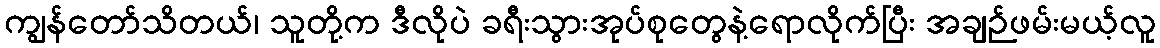
ကျွန်တော်သိတယ်၊ သူတို့က ဒီလိုပဲ ခရီးသွားအုပ်စုတွေနဲ့ရောလိုက်ပြီး အချဉ်ဖမ်းမယ့်လူ